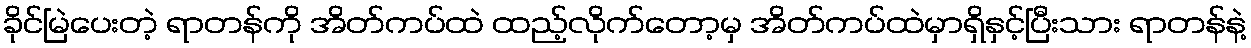
ခိုင်မြဲပေးတဲ့ ရာတန်ကို အိတ်ကပ်ထဲ ထည့်လိုက်တော့မှ အိတ်ကပ်ထဲမှာရှိနှင့်ပြီးသား ရာတန်နဲ့